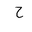
Letter: _ha